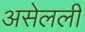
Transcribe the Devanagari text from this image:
असेलली